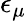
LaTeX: \epsilon_{\mu}